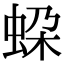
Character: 𧊱